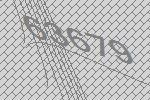
63679